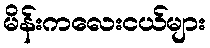
မိန်းကလေးငယ်များ